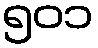
၅၀၁